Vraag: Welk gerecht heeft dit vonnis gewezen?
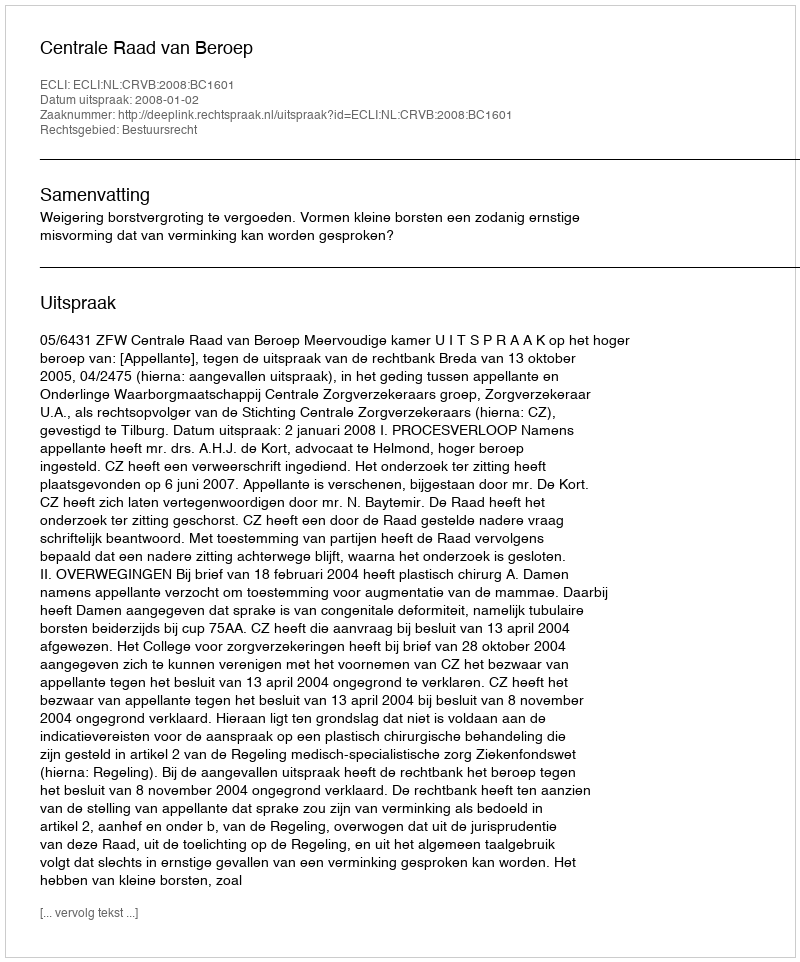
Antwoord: Centrale Raad van Beroep